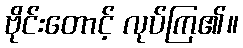
ဗိုင်းတောင့် လုပ်ကြ၏။